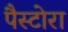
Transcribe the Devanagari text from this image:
पैस्टोरा